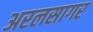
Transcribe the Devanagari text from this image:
अरलसागर